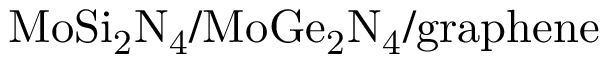
\mathrm { M o S i _ { 2 } N _ { 4 } / M o G e _ { 2 } N _ { 4 } / g r a p h e n e }